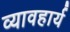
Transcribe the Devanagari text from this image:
व्यावहार्य